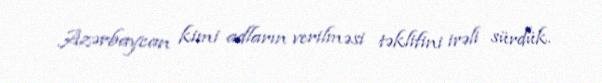
Azərbaycan kimi adların verilməsi təklifini irəli sürdük.